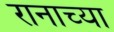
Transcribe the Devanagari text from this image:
रानाच्या